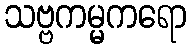
သဗ္ဗကမ္မကရော